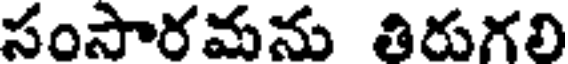
సంసారమను తిరుగలి